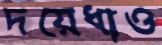
দয়েধাও